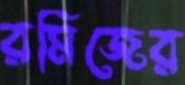
রমিজের